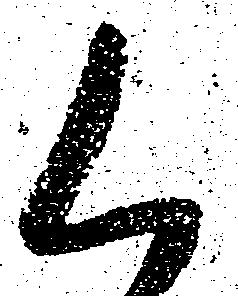
く